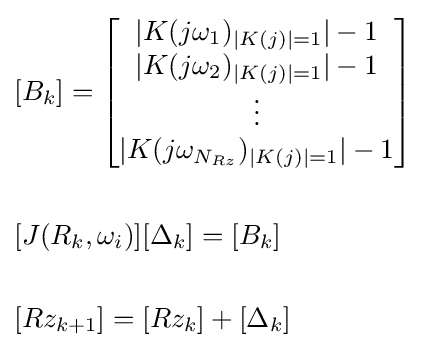
{\begin{aligned}&[B_{k}]={\begin{bmatrix}|K(j\omega _{1})_{|K(j)|=1}|-1\\|K(j\omega _{2})_{|K(j)|=1}|-1\\\vdots \\|K(j\omega _{N_{Rz}})_{|K(j)|=1}|-1\\\end{bmatrix}}\\&\\&[J(R_{k},\omega _{i})][\Delta _{k}]=[B_{k}]\\&\\&[Rz_{k+1}]=[Rz_{k}]+[\Delta _{k}]\\\end{aligned}}